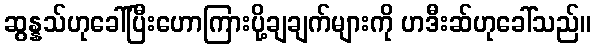
ဆွန္နသ်ဟုခေါ်ပြီးဟောကြားပို့ချချက်များကို ဟဒီးဆ်ဟုခေါ်သည်။